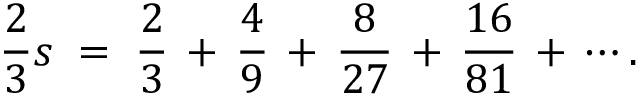
{ \frac { 2 } { 3 } } s \; = \; { \frac { 2 } { 3 } } \, + \, { \frac { 4 } { 9 } } \, + \, { \frac { 8 } { 2 7 } } \, + \, { \frac { 1 6 } { 8 1 } } \, + \, \cdots .